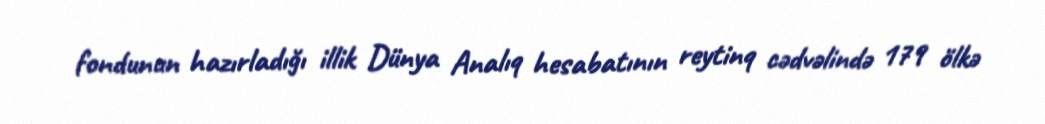
fondunun hazırladığı illik Dünya Analıq hesabatının reytinq cədvəlində 179 ölkə